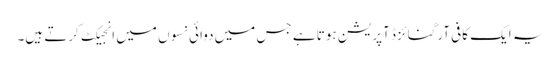
یہ ایک کافی آرگنائزڈ آپریشن ہوتا ہے جس میں دوائی نسوں میں انجیکٹ کرتے ہیں۔